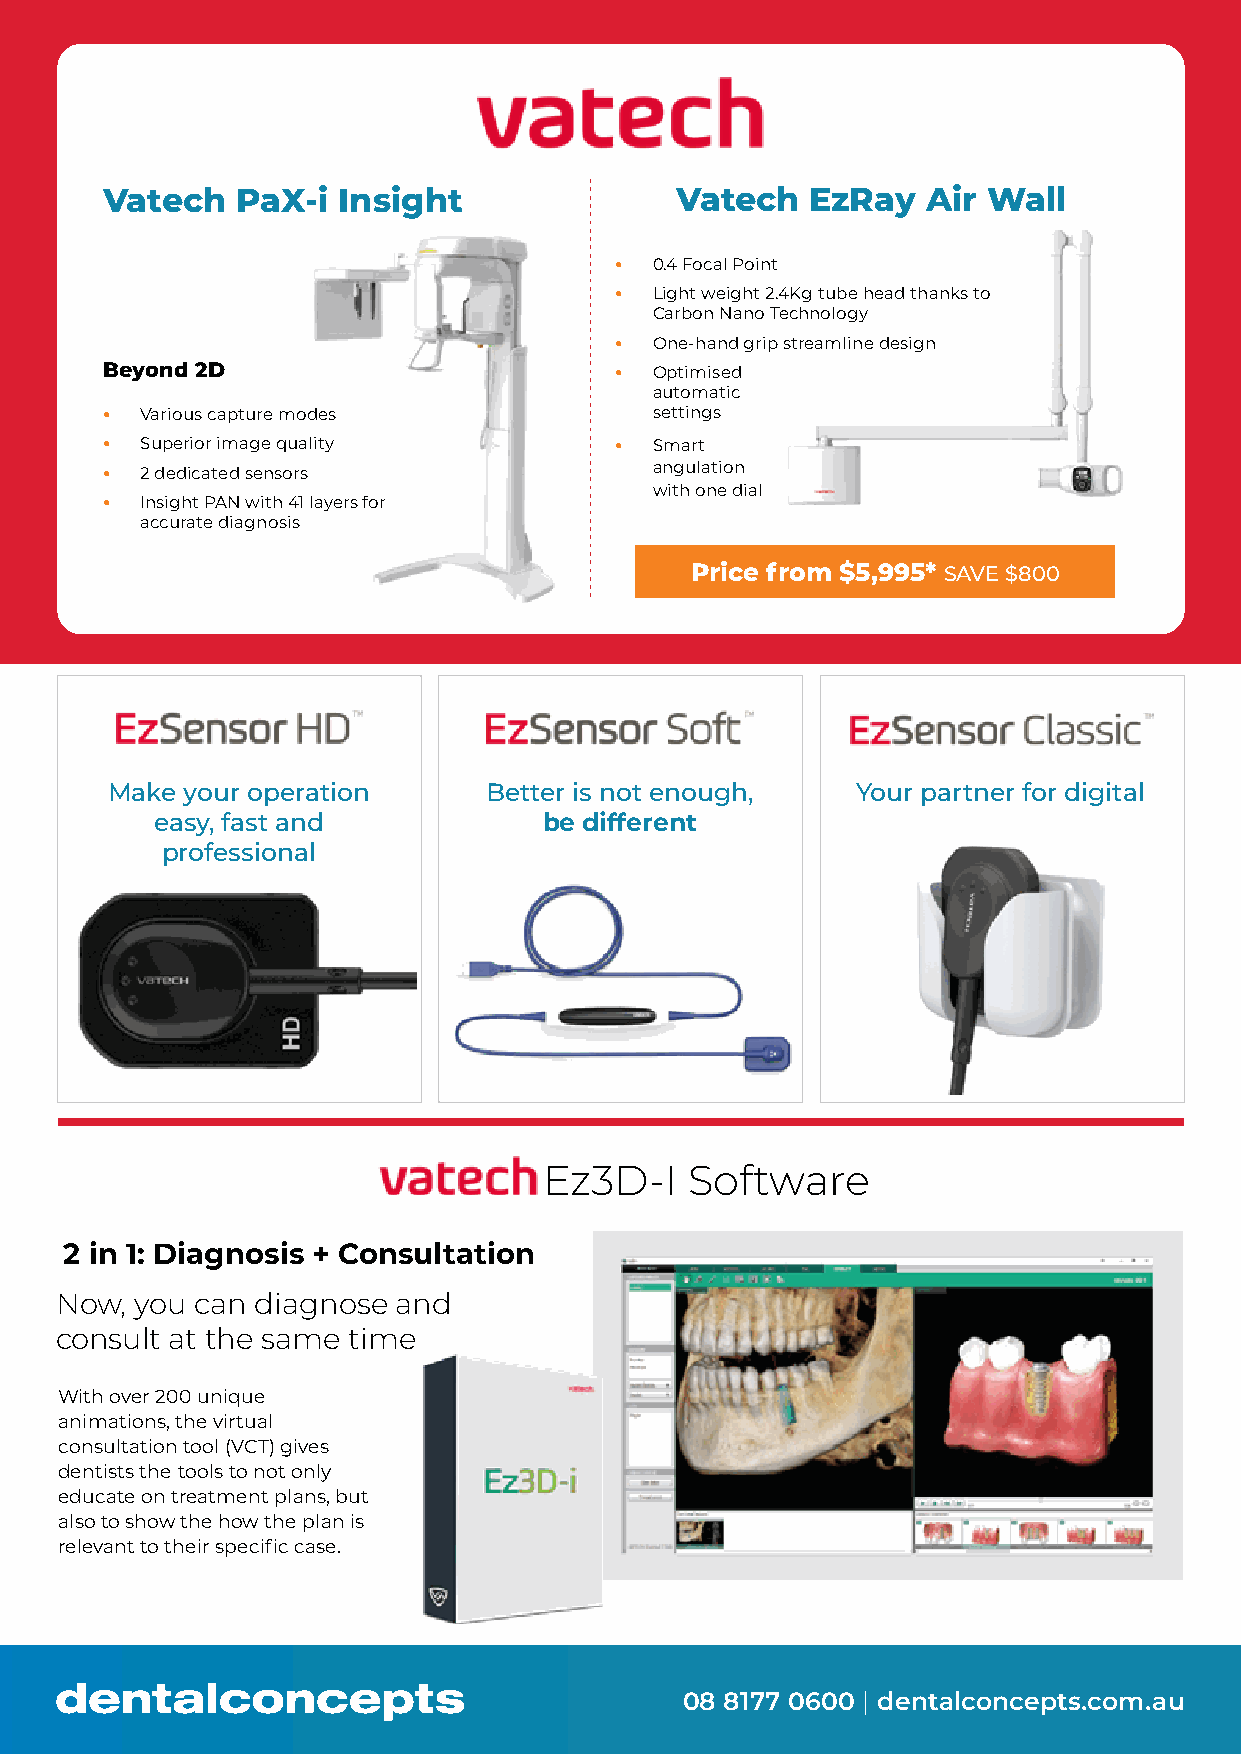
Vatech   PaX-i Insight                Vatech   EzRay  Air Wall
 • 0.4 Focal Point
 • Light weight 2.4Kg tube head thanks to
 Carbon Nano Technology
 • One-hand grip streamline design
 Beyond 2D                         • Optimised
 automatic
 • Various capture modes             settings
 • Superior image quality          • Smart
 • 2 dedicated sensors               angulation
 with one dial
 • Insight PAN with 41 layers for
 accurate diagnosis
 Price from $5,995* SAVE $800
 Make your operation      Better is not enough,    Your partner for digital
 easy, fast and            be different
 professional
 Ez3D-I    Software
 2 in 1: Diagnosis + Consultation
 Now, you can diagnose and
 consult at the same time
 With over 200 unique
 animations, the virtual
 consultation tool (VCT) gives
 dentists the tools to not only
 educate on treatment plans, but
 also to show the how the plan is
 relevant to their specific case.
 08 8177 0600 | dentalconcepts.com.au